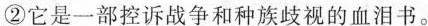
②它是一部控诉战争和种族歧视的血泪书。